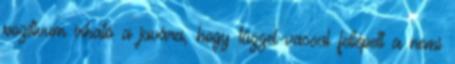
pozitívum írható a javára, hogy tűzzel-vassal fellépett a nemi